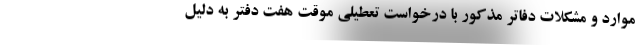
موارد و مشکلات دفاتر مذکور با درخواست تعطیلی موقت هفت دفتر به دلیل